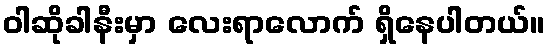
ဝါဆိုခါနီးမှာ လေးရာလောက် ရှိနေပါတယ်။